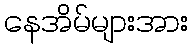
နေအိမ်များအား